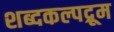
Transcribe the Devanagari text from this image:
शब्दकल्पद्रूम